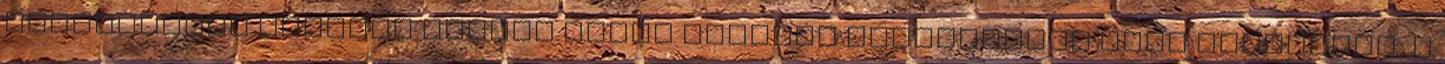
elnyomásból korábbi koholt vádak alapján elégetésből való kitörését, a